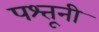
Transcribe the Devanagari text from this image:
पश्तूनी